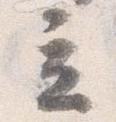
立